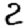
Digit: 2